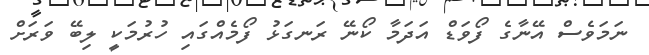
ނަމަވެސް އޭނާގެ ފޯވަޑް އަދަމާ ކޯނޭ ރަނގަޅު ފޯމެއްގައި ހުރުމަކީ ލިބޭ ވަރަށް